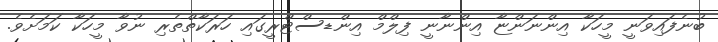
ބުނެފައިވަނީ މީހަކާ އިންނަންޏާ އިންނާނީ ފިލްމް އިންޑސްޓްރީގައި ހަރަކާތްތެރި ނުވާ މީހަކާ ކަމަށެވެ.